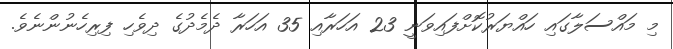
މި މައްސަލާގައި ހައްޔަރުކޮށްފައިވަނީ 23 އަހަރާއި 35 އަހަރާ ދެމެދުގެ ދިވެހި ފިރިހެނުންނެވެ.